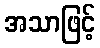
အသာဖြင့်